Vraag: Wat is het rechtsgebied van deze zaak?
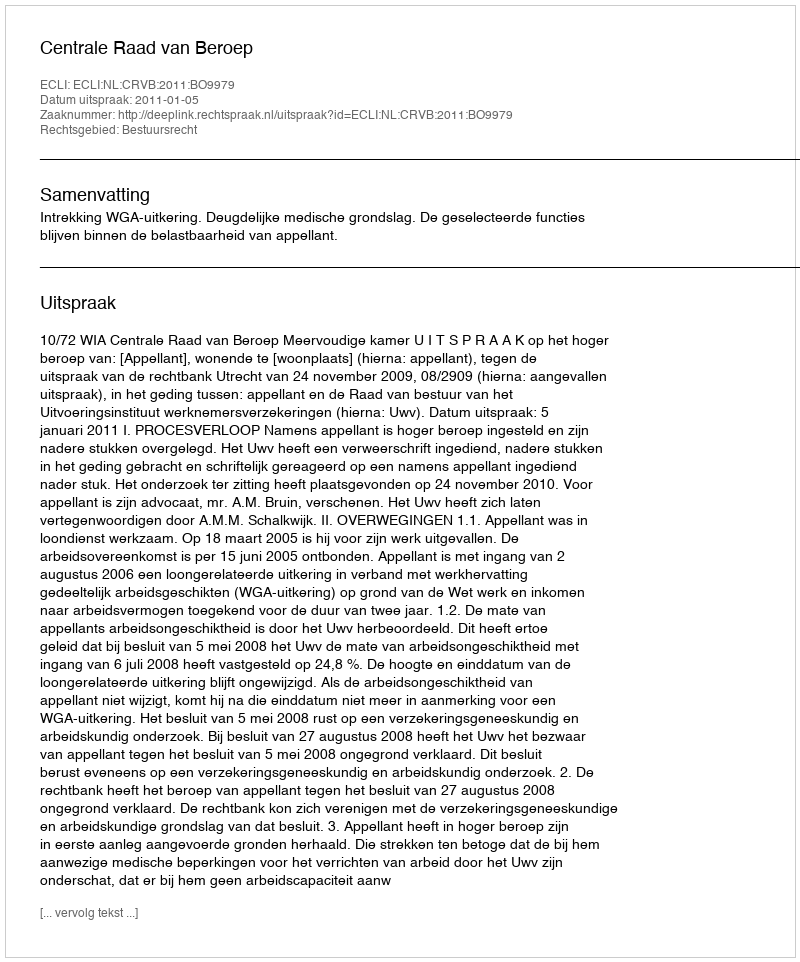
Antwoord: Bestuursrecht